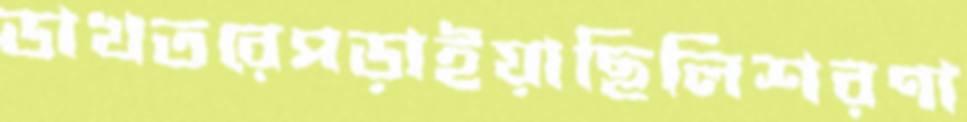
ডাখতরেপড়াইয়াছিলিশরণা